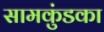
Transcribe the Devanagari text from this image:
सामकुंडका